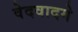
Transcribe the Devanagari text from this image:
वेदवादमे